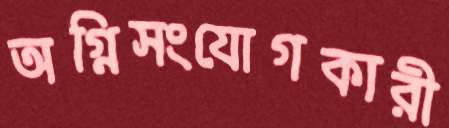
অগ্নিসংযোগকারী